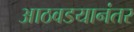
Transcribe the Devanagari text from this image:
आठवडयानंतर